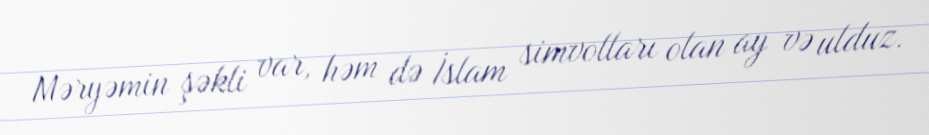
Məryəmin şəkli var, həm də İslam simvolları olan ay və ulduz.